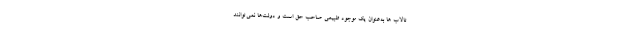
تالاب ‌ها به‌عنوان یک موجود طبیعی صاحب حق است و دولت‌ها نمی‌توانند